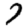
Digit: 7